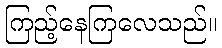
ကြည့်နေကြလေသည်။